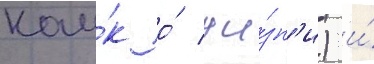
нау́к о́ жи́зн'и) и́